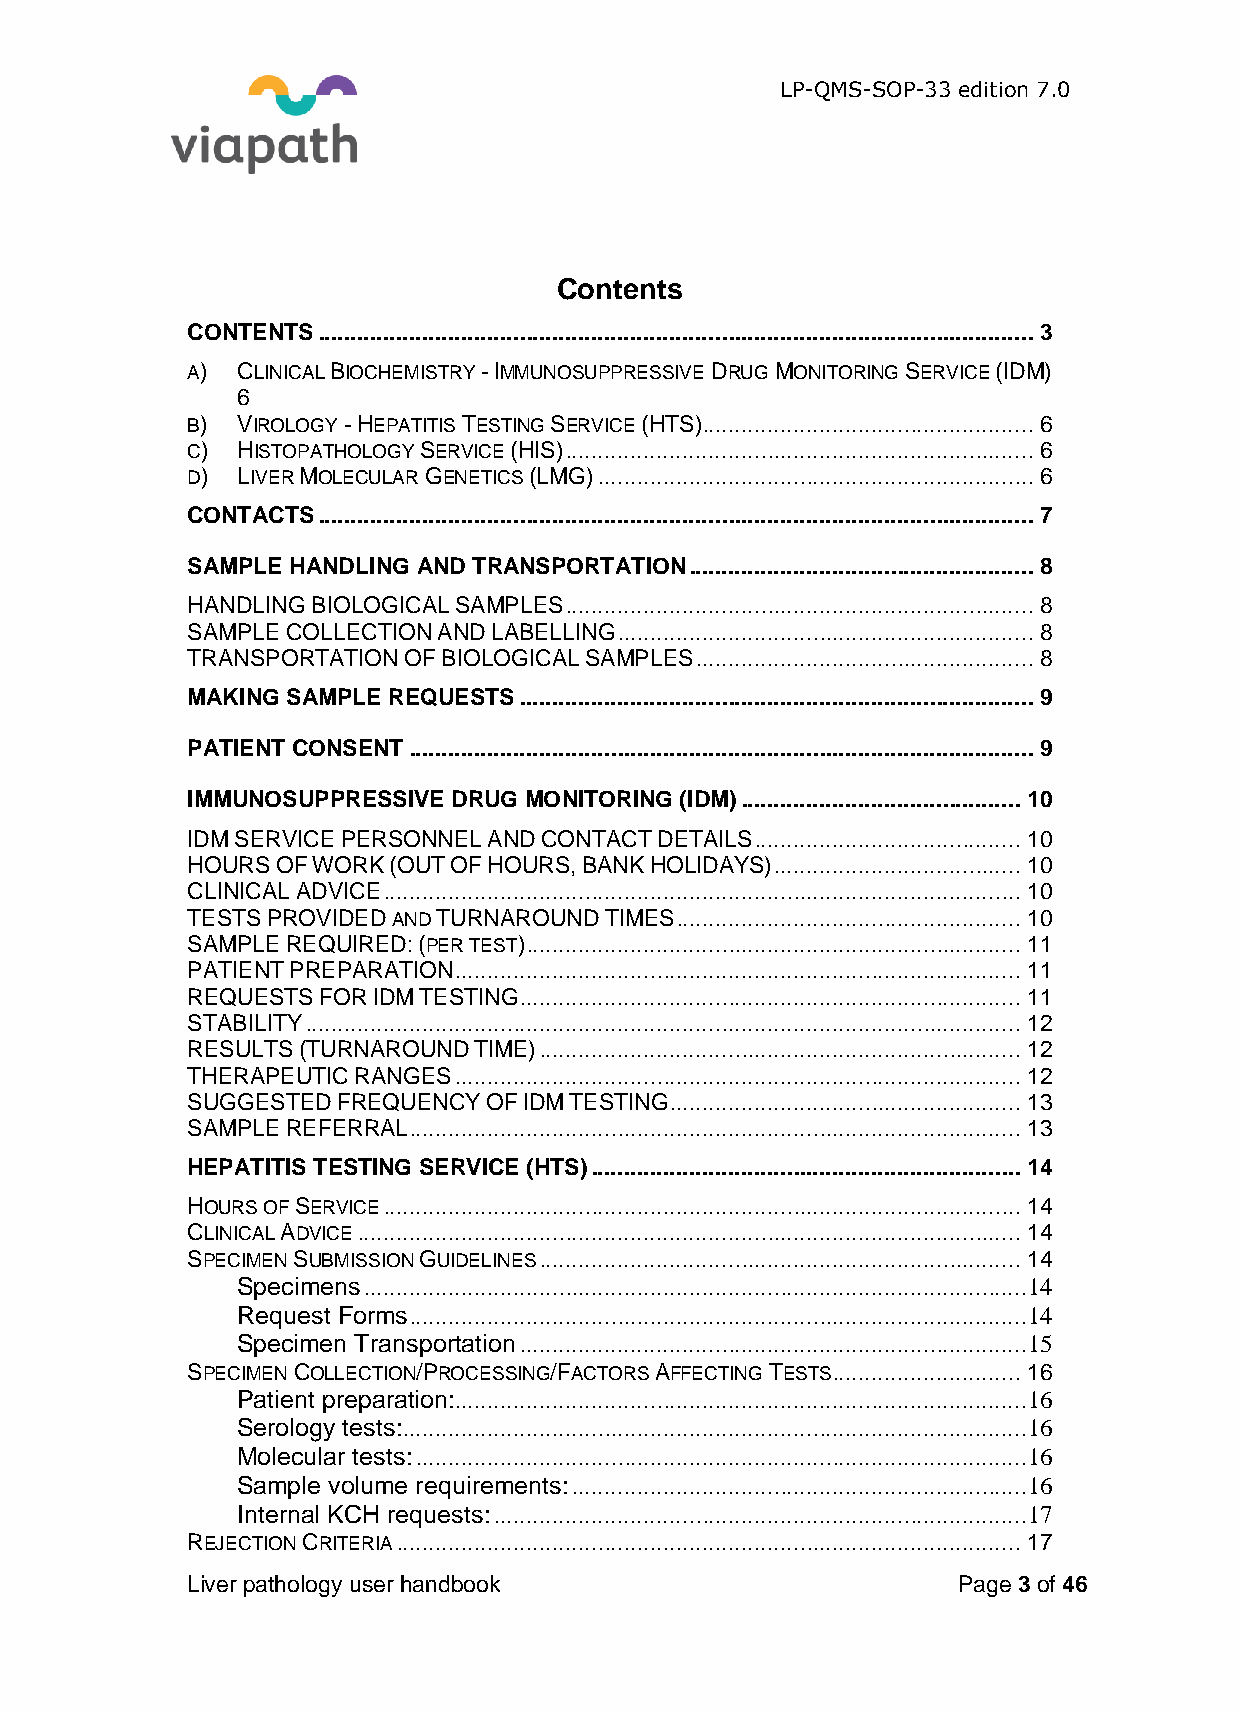
LP-QMS-SOP-33 edition 7.0
 Contents
 CONTENTS .............................................................................................................. 3
 A)  CLINICAL BIOCHEMISTRY - IMMUNOSUPPRESSIVE DRUG MONITORING SERVICE (IDM)
 6
 B)  VIROLOGY - HEPATITIS TESTING SERVICE (HTS) ................................................... 6
 C)  HISTOPATHOLOGY SERVICE (HIS) ........................................................................ 6
 D)  LIVER MOLECULAR GENETICS (LMG) ................................................................... 6
 CONTACTS .............................................................................................................. 7
 SAMPLE HANDLING AND TRANSPORTATION ..................................................... 8
 HANDLING BIOLOGICAL SAMPLES ........................................................................ 8
 SAMPLE COLLECTION AND LABELLING ................................................................ 8
 TRANSPORTATION OF BIOLOGICAL SAMPLES .................................................... 8
 MAKING SAMPLE REQUESTS ............................................................................... 9
 PATIENT CONSENT ................................................................................................ 9
 IMMUNOSUPPRESSIVE DRUG MONITORING (IDM) ........................................... 10
 IDM SERVICE PERSONNEL AND CONTACT DETAILS ......................................... 10
 HOURS OF WORK (OUT OF HOURS, BANK HOLIDAYS) ...................................... 10
 CLINICAL ADVICE .................................................................................................. 10
 TESTS PROVIDED AND TURNAROUND TIMES ..................................................... 10
 SAMPLE REQUIRED: (PER TEST) ............................................................................ 11
 PATIENT PREPARATION ....................................................................................... 11
 REQUESTS FOR IDM TESTING ............................................................................. 11
 STABILITY .............................................................................................................. 12
 RESULTS (TURNAROUND TIME) .......................................................................... 12
 THERAPEUTIC RANGES ....................................................................................... 12
 SUGGESTED FREQUENCY OF IDM TESTING ...................................................... 13
 SAMPLE REFERRAL .............................................................................................. 13
 HEPATITIS TESTING SERVICE (HTS) .................................................................. 14
 HOURS OF SERVICE .................................................................................................. 14
 CLINICAL ADVICE ...................................................................................................... 14
 SPECIMEN SUBMISSION GUIDELINES .......................................................................... 14
 Specimens ......................................................................................................14
 Request Forms ...............................................................................................14
 Specimen Transportation ..............................................................................15
 SPECIMEN COLLECTION/PROCESSING/FACTORS AFFECTING TESTS ............................. 16
 Patient preparation:........................................................................................16
 Serology tests: ................................................................................................16
 Molecular tests: ..............................................................................................16
 Sample volume requirements: ......................................................................16
 Internal KCH requests: ..................................................................................17
 REJECTION CRITERIA ................................................................................................ 17
 Liver pathology user handbook                      Page 3 of 46